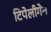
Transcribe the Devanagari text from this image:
टिपेलीगेन